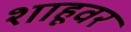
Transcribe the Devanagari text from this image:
शाहूवर